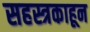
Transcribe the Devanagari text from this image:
सहस्त्रकाहून